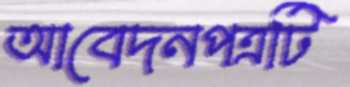
আবেদনপত্রটি